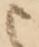
ま